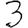
Digit: 3